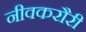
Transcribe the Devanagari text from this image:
नीवकरौरी